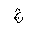
Letter: _gim